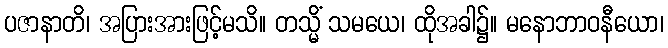
ပဇာနာတိ၊ အပြားအားဖြင့်မသိ။ တသ္မိံ သမယေ၊ ထိုအခါ၌။ မနောဘာဝနီယော၊